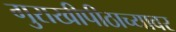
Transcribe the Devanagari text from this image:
गुराखीपीठाच्यावर